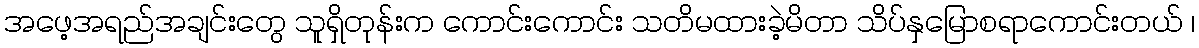
အဖေ့အရည်အချင်းတွေ သူရှိတုန်းက ကောင်းကောင်း သတိမထားခဲ့မိတာ သိပ်နှမြောစရာကောင်းတယ် ၊